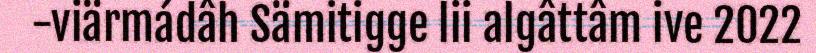
-viärmádâh Sämitigge lii algâttâm ive 2022